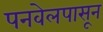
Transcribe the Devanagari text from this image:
पनवेलपासून